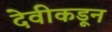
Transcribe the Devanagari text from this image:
देवीकडून